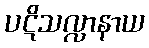
ပဋိသလ္လာနာယ